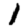
Digit: 1